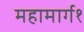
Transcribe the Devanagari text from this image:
महामार्ग१